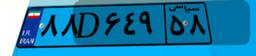
۸۸D۶۴۹۵۸